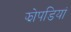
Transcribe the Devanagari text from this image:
झोपडियां